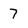
Character: 7